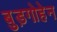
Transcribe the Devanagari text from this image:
बुड़गोहेन